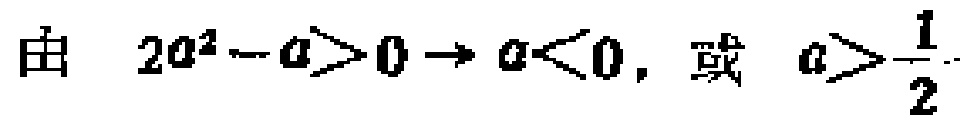
由 \(2a^{2}-a>0\Rightarrow a<0,\ 或\ a>\frac{1}{2}\)